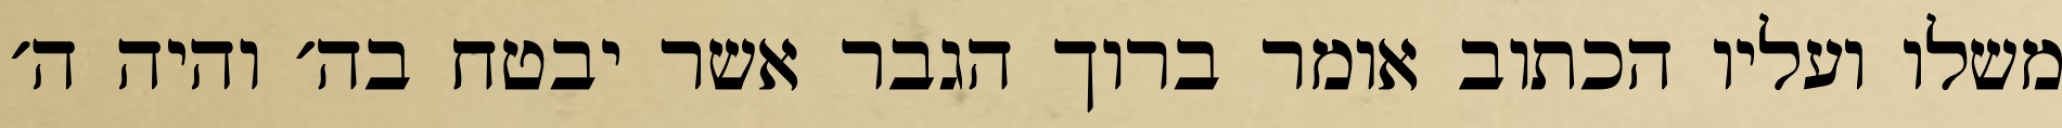
משלו ועליו הכתוב אומר ברוך הגבר אשר יבטח בה׳ והיה ה׳